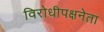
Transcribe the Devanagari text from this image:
विरोधीपक्षनेता